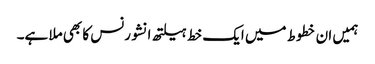
ہمیں ان خطوط میں ایک خط ہیلتھ انشورنس کا بھی ملا ہے۔